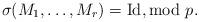
LaTeX: \begin{align*}\sigma( M_1, \dots, M_r) = \mathrm{Id}, \textrm{mod } p.\end{align*}